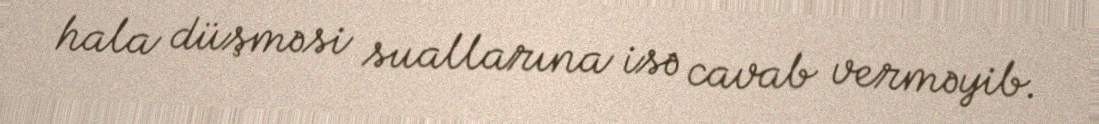
hala düşməsi suallarına isə cavab verməyib.